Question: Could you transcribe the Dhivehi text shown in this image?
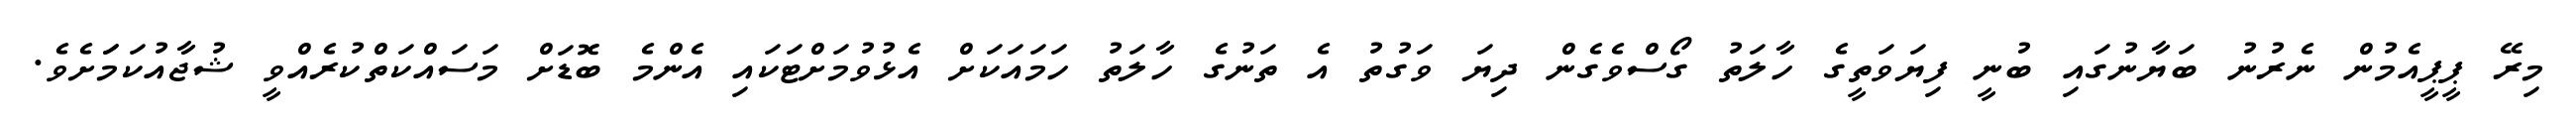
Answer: މިރޭ ޕީޕީއެމުން ނެރުނު ބަޔާނުގައި ބުނީ ފިޔަވަތީގެ ހާލަތު ގޯސްވެގެން ދިޔަ ވަގުތު އެ ތަނުގެ ހާލަތު ހަމައަކަށް އެޅުވުމަށްޓަކައި އެންމެ ބޮޑަށް މަސައްކަތްކުރެއްވީ ޝުޖާއުކަމަަށެވެ.